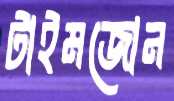
টাইমজোন